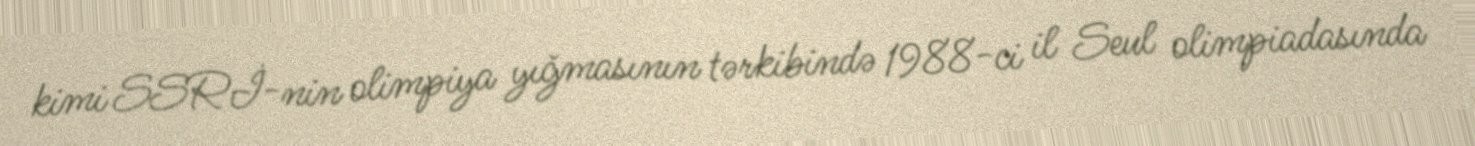
kimi SSRİ-nin olimpiya yığmasının tərkibində 1988-ci il Seul olimpiadasında